Leningradi_Edasi_toimetus, lk 92
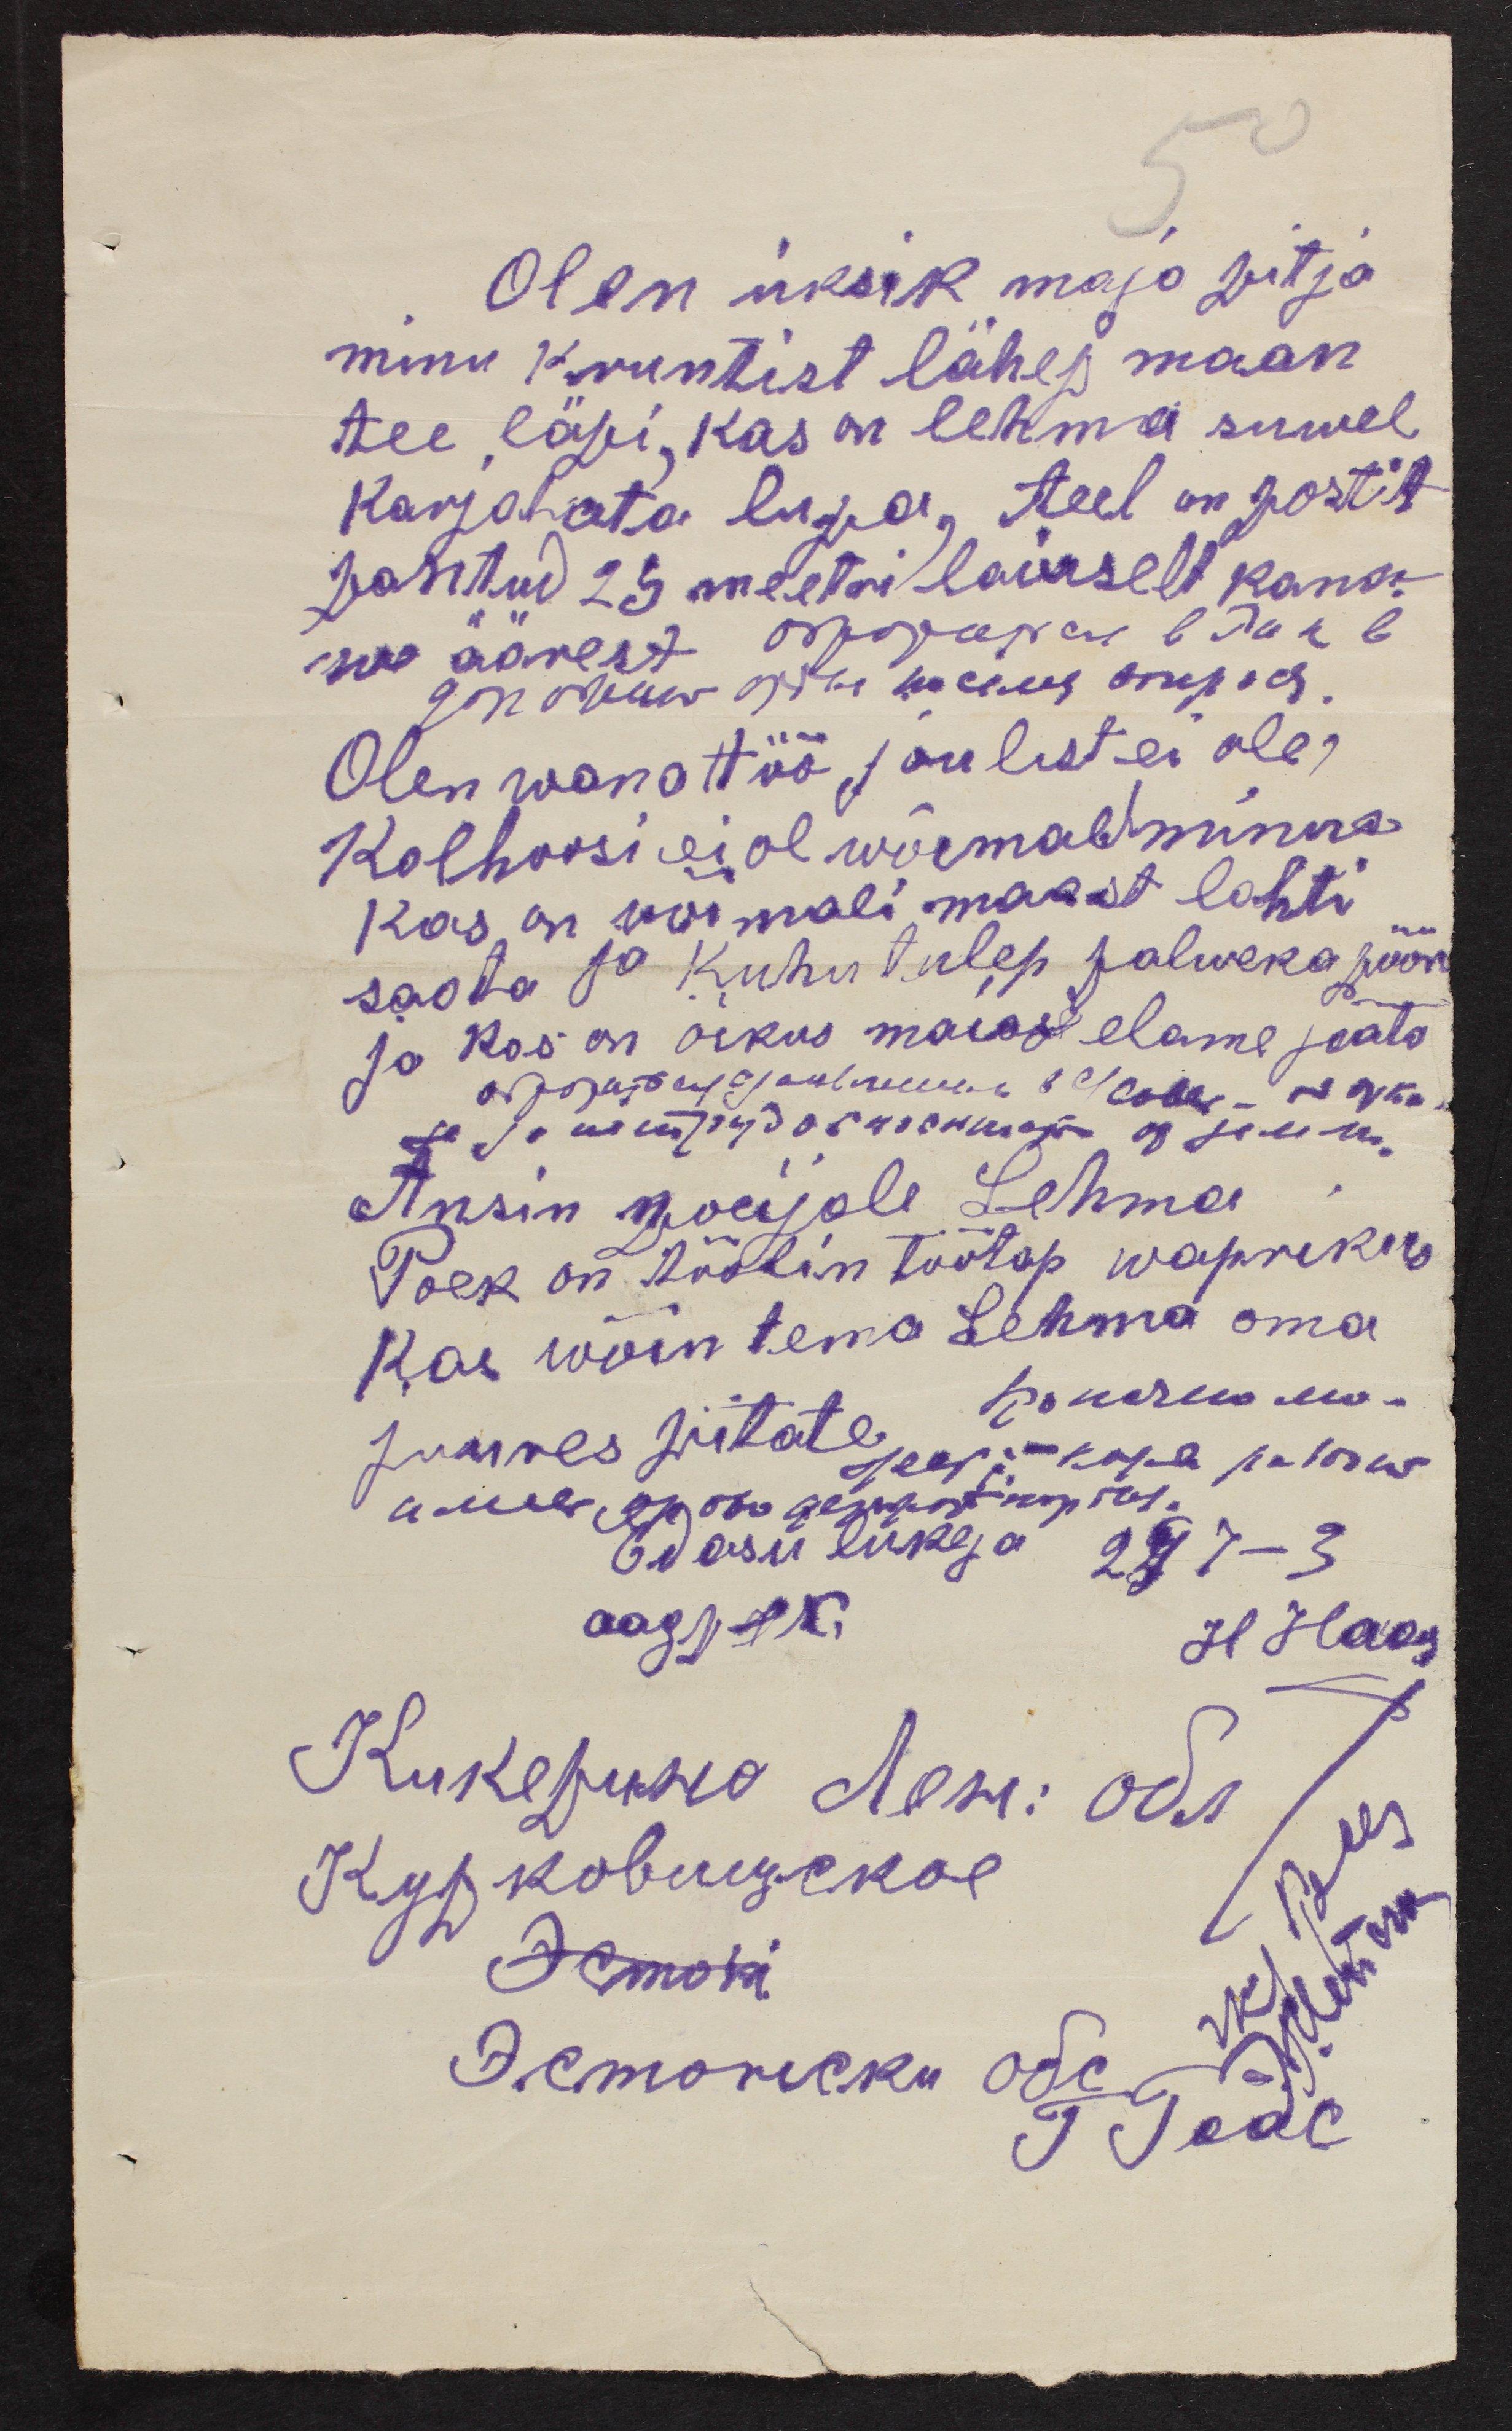
50
Olen üksik majo pitja
minu kruntist lähep maan
tee ,läpi, kas on lehma suwel
karjatata lupa, teel on postit
pantud 25 meetri laiuselt kana-
we äärest дорорара в Па къ
Olen wana töö joulist ei ole,
Kolhoosi ei ol wõemalekminna
Kas on võimali maast lahti
saata ja kuhu tulep palweka pöör
ja kos on oikus maiase elame jääta
Ansin poeijale Lehma
Poek on töölin töötap waprikus
Kas wõin tema Lehma oma
juures piitate
H Haas